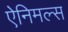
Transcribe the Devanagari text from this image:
ऐनिमल्स